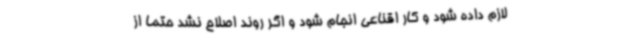
لازم داده شود و کار اقناعی انجام شود و اگر روند اصلاح نشد حتما از